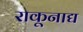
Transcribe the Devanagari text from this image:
राकूनाद्य